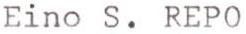
Eino S. REPO